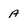
Character: a